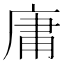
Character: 庸